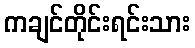
ကချင်တိုင်းရင်းသား